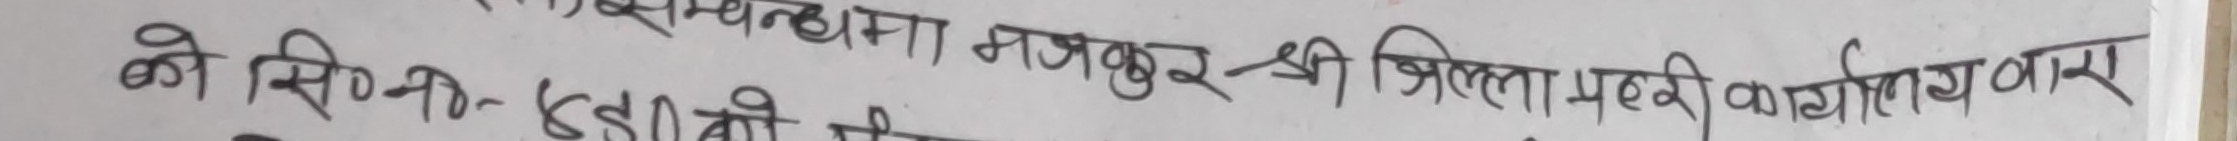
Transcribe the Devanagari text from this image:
को सि०मी० डोलमी श्री जिल्हा मद्द कार्यालय वोर